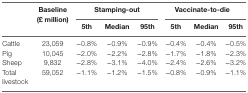
| <ROWSPAN=2>  | <ROWSPAN=2> Baseline (£ million) | <COLSPAN=3> Stamping-out | <COLSPAN=3> Vaccinate-to-die |
 | 5th | Median | 95th | 5th | Median | 95th |
 | --- | --- | --- | --- | --- | --- | --- | --- |
 | Cattle | 23,059 | −0.8% | −0.9% | −0.9% | −0.4% | −0.4% | −0.5% |
 | Pig | 10,045 | −2.0% | −2.2% | −2.8% | −1.7% | −1.8% | −2.3% |
 | Sheep | 9,832 | −2.8% | −3.1% | −4.0% | −2.4% | −2.6% | −3.2% |
 | Total livestock | 59,052 | −1.1% | −1.2% | −1.5% | −0.8% | −0.9% | −1.1% |